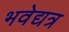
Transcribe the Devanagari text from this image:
भवेद्यत्र